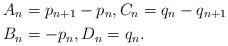
LaTeX: \begin{align*}A_n &=p_{n+1}-p_{n}, C_n =q_{n}-q_{n+1}\\B_n &=-p_{n}, D_n =q_{n}.\end{align*}